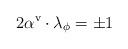
LaTeX: \begin{align*}2\alpha ^{\textrm{v}}\cdot \lambda _{\phi }=\pm 1\end{align*}